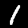
Label: 1